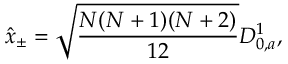
\hat { x } _ { \pm } = \sqrt { \frac { N ( N + 1 ) ( N + 2 ) } { 1 2 } } { \cal D } _ { 0 , a } ^ { 1 } ,